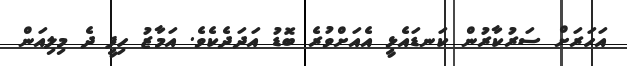
އަހަރަށް ސަރުކާރުން ކަނޑައެޅީ އެއަށްވުރެ ބޮޑު އަދަދެކެވެ. އަމާޒު ހިފީ ދެ މިލިއަން